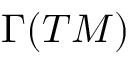
\Gamma ( T M )